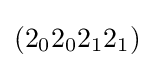
(2_{0}2_{0}2_{1}2_{1})